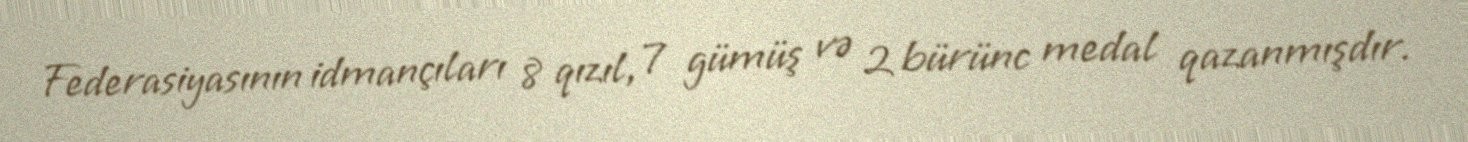
Federasiyasının idmançıları 8 qızıl, 7 gümüş və 2 bürünc medal qazanmışdır.